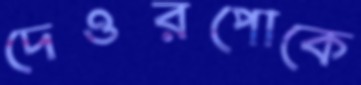
দেওরপোকে